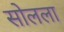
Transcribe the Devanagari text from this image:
सोलला